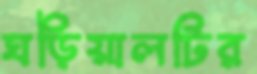
ঘড়িয়ালটির